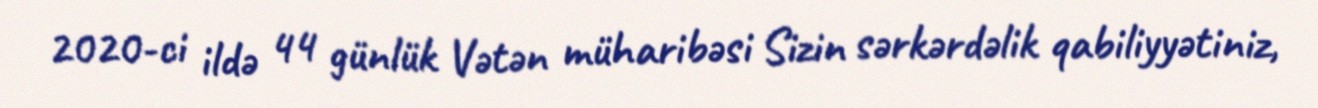
2020-ci ildə 44 günlük Vətən müharibəsi Sizin sərkərdəlik qabiliyyətiniz,